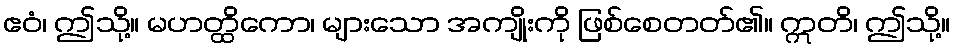
ဧဝံ၊ ဤသို့။ မဟတ္ထိကော၊ များသော အကျိုးကို ဖြစ်စေတတ်၏။ ဣတိ၊ ဤသို့။